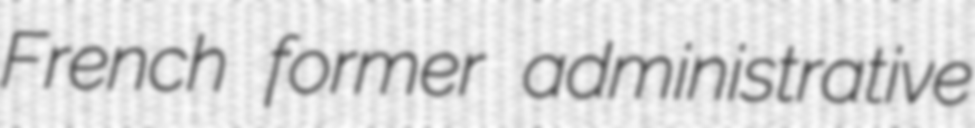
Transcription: French former administrative